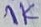
Text: 1K